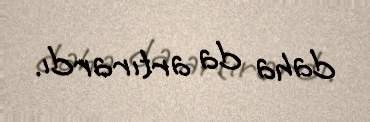
daha da artırardı.